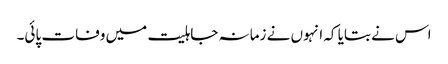
اس نے بتایا کہ انہوں نے زمانہ جاہلیت میں وفات پائی۔